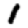
Digit: 1